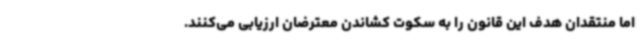
اما منتقدان هدف این قانون را به سکوت کشاندن معترضان ارزیابی می‌کنند.